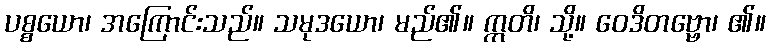
ပစ္စယော၊ အကြောင်းသည်။ သမုဒယော၊ မည်၏။ ဣတိ၊ သို့။ ဝေဒိတဗ္ဗော၊ ၏။